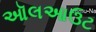
ઑલઆઉટ